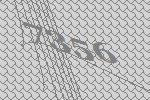
7356